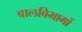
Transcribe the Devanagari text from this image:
बालविभागों